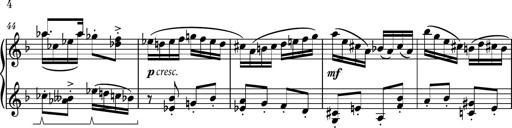
Title: Piano Sonatina No.1
Composer: Dimitri Sykias
Key: D minor